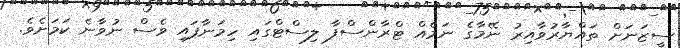
ސީޒަނަށް ތައްޔާރުވާއިރު ނޭމާގެ ނަމެއް ޓްރާންސްފާ ލިސްޓްގައި ހިމަނާފައި ވެސް ނުވާނެ ކަމަށެވެ.